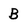
Character: B